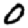
Digit: 0